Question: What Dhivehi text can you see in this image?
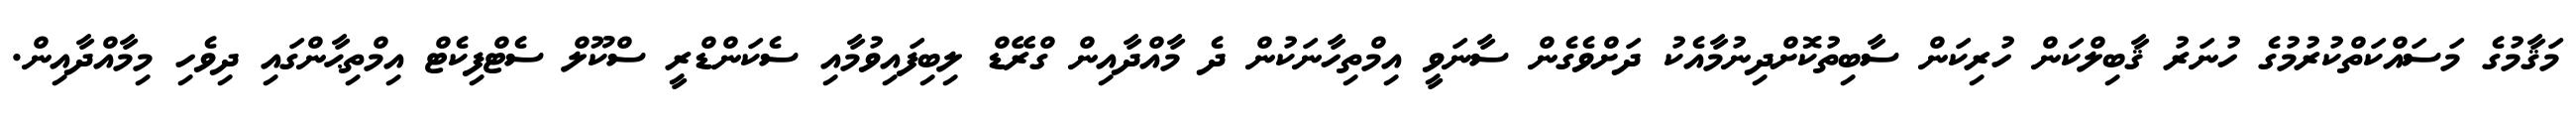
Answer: މަޤާމުގެ މަސައްކަތްކުރުމުގެ ހުނަރު ޤާބިލްކަން ހުރިކަން ސާބިތުކޮށްދިނުމާއެކު ދަށްވެގެން ސާނަވީ އިމްތިހާނަކުން ދެ މާއްދާއިން ގްރޭޑް ލިބިފައިވުމާއި ސެކަންޑްރީ ސްކޫލް ސެޓްފިކެޓް އިމްތިޙާންގައި ދިވެހި މިމާއްދާއިން.